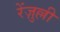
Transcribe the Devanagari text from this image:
रेंज़ुल्ली